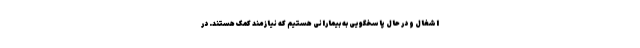
اشغال و در حال پاسخگویی به بیمارانی هستیم که نیازمند کمک هستند. در